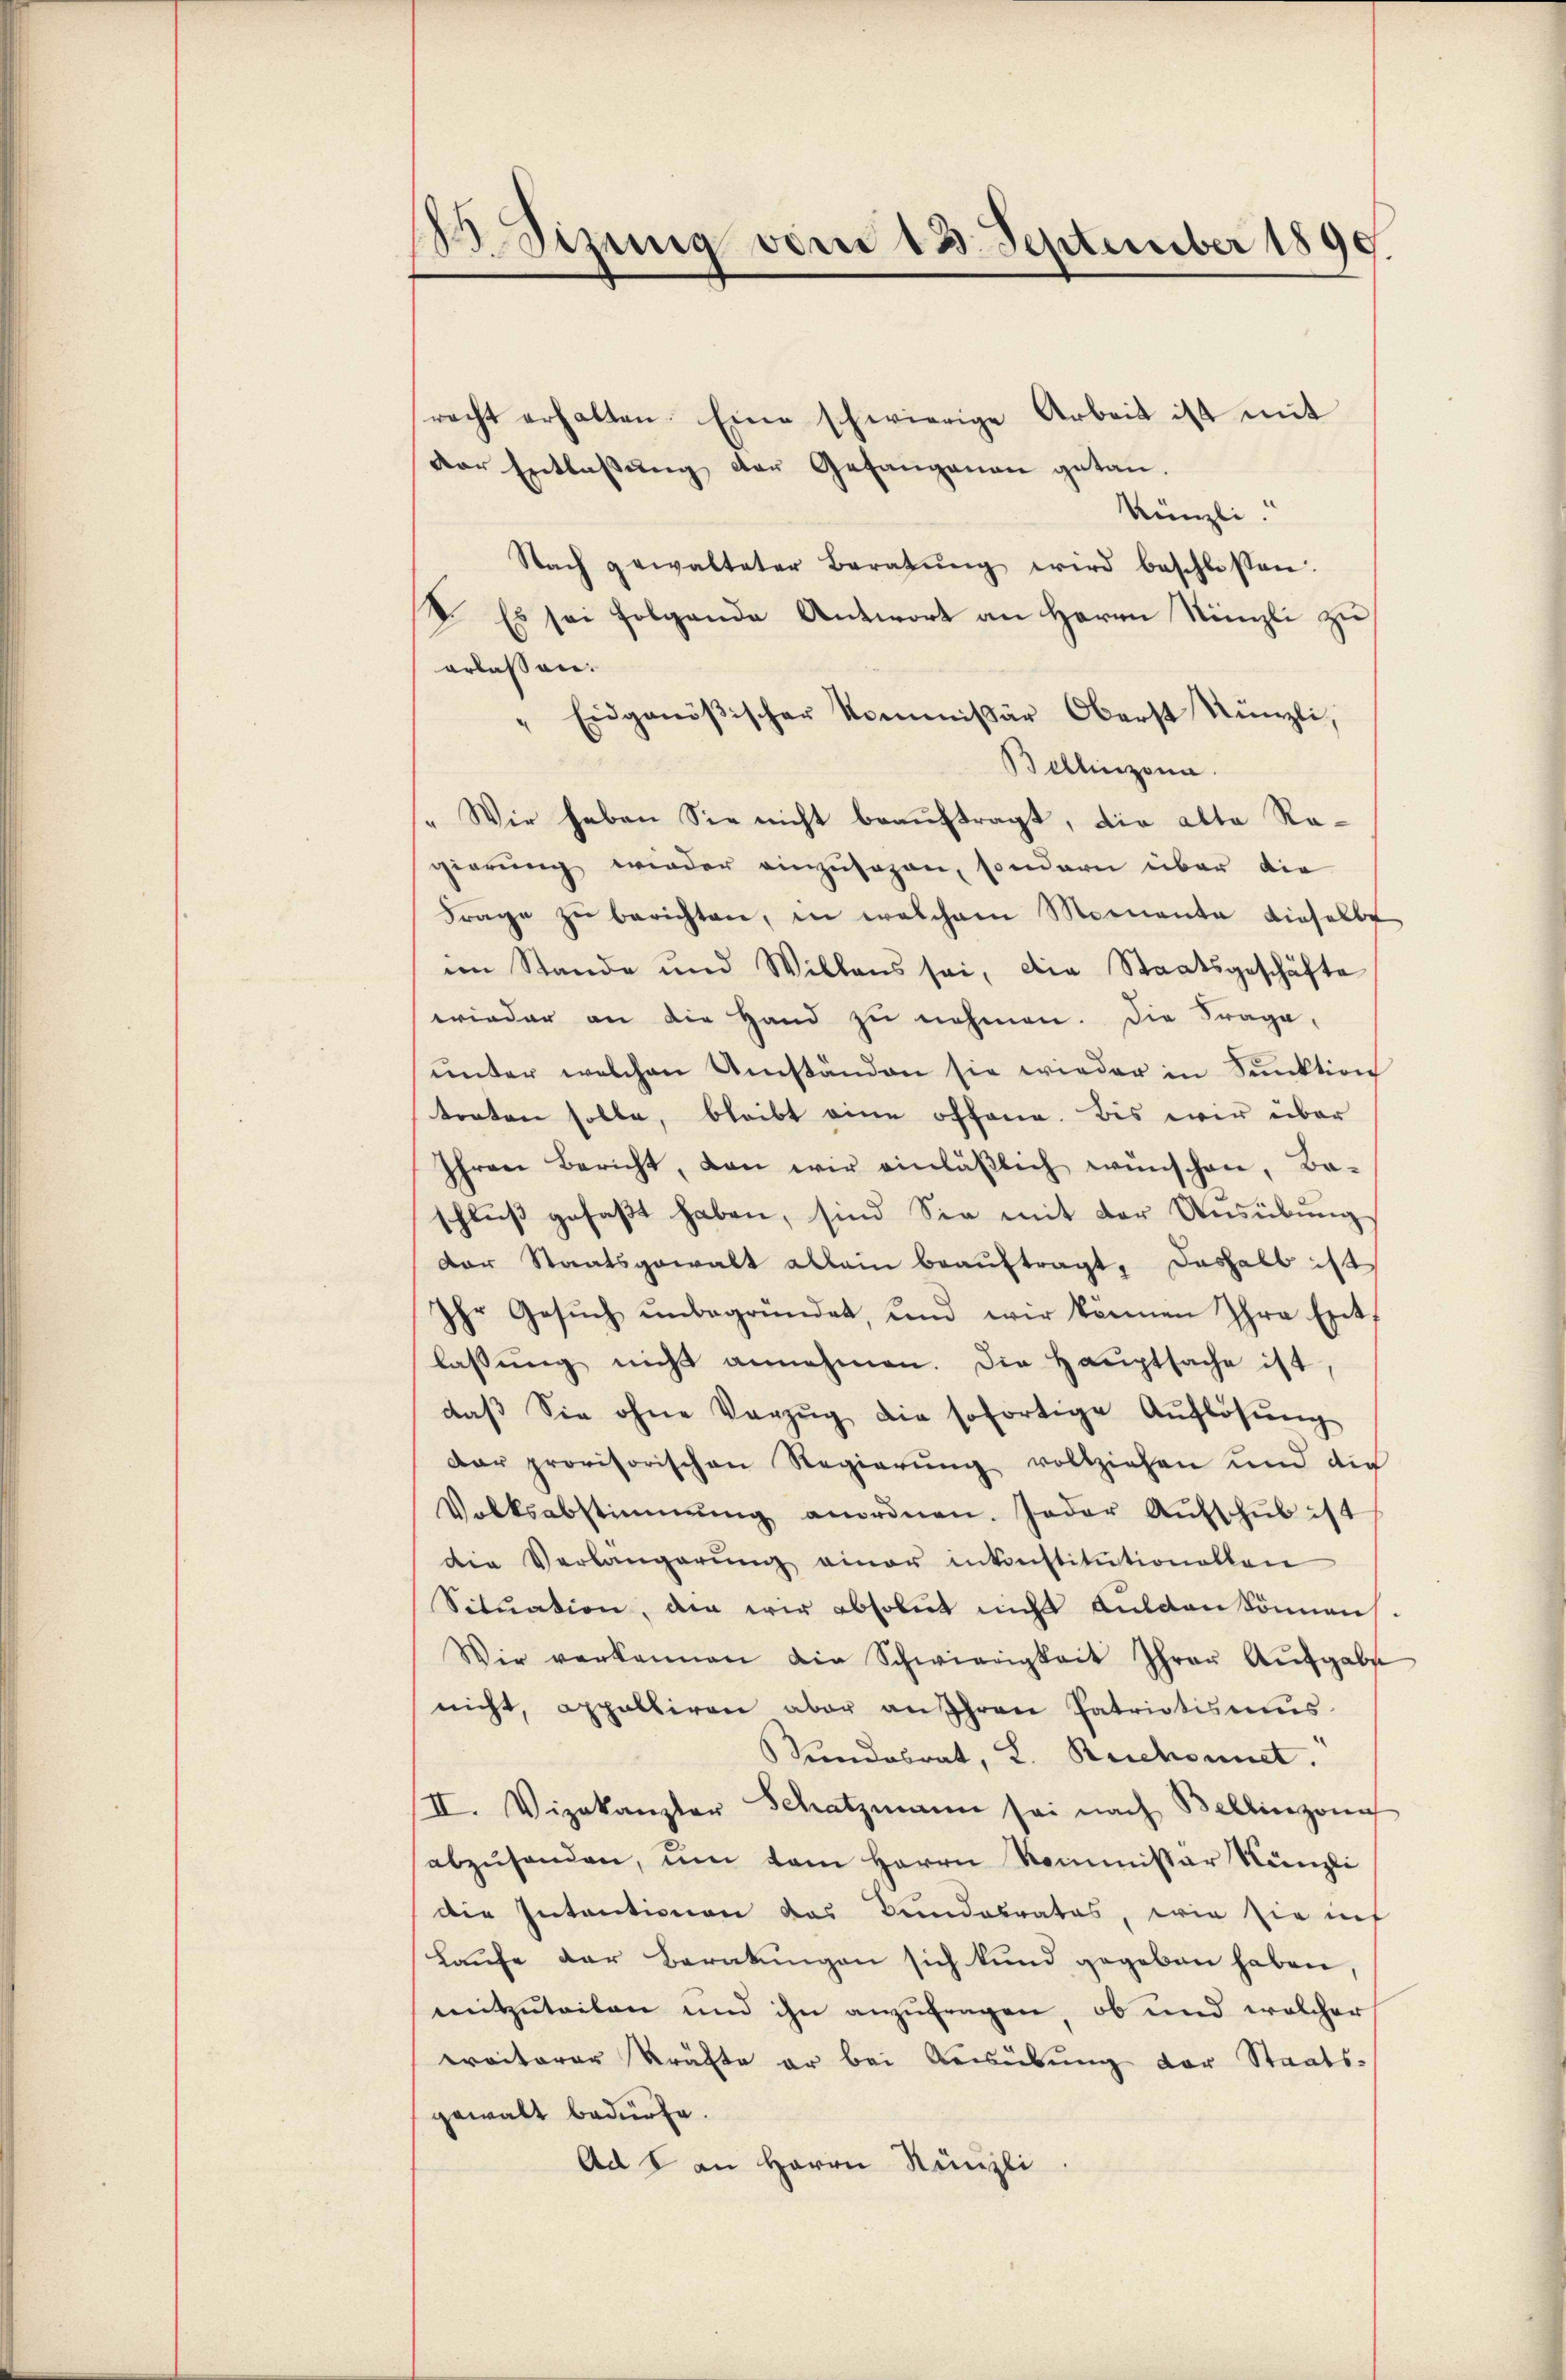
2 Sizung vom 13. September 1890

recht erhalten. Eine schwierige Arbeit ist mit
der Entlassung der Gesangenau getan.
Künzli.
Nach gewalteter Beratŭng wird beschlossen.
V. Es sei folgende Antwort an Herrn Künzli zu
erlassen.
" Eidgenößischer Kommissär Oberst Künzli,
Bellinzona.
„Wir haben Sie nicht beauftragt, die alte Regierung wieder einzusagen, sondern über die
Frage zŭ berichten, in welchem Momente dieselbe
im Stande und Willens sei, die Staatsgeschäfte
wieder an die Hand zu nehmen. Die Frage,
ŭnter welchen Umständen sie wieder in Sunktion
treten solle, bleibt eine offene. Bis wir über
Ihren Bericht, dan wir einläβlich wünschen, Ba-
schlŭβ gefaβt haben, sind Sie mit der Aŭsübŭng
Der Staatsgewalt allein beauftragt, deshalb ist
Ihr Gesŭch ŭnbegründet, und wir können Ihre Ext
d
lassŭng nicht annehmen. Die Hauptsache ist,
daβ sie ohne Vorzŭg die sofortige Auflösung
dar provisorischen Regierung vollziehen und die
Volksabstimmung anordnen. Jeder Aŭfschŭb ist
die Verlängerŭng einer inkonstitutionellen
Sitŭation, den wir absolut nicht aŭsgankönnen-
Wir verkennen die Schwierigkeit Ihrer Aŭsgabe
nicht, appelliren aber an Ihren Patriotismus
undesrat, L. Reichnet.
II. Vizekanzler Schatzmann sei nach Bellinzoni
abzŭsenden, ŭm dem Herrn Kommissar Nünzli
die Intentionen das Bundesrates, wie sie mit
Laufe der Beratungen sich kund gegeben haben,
mitzuteilen und ihn anzufragen, ob und welcher
ereiterer Kräfte er bei Ausübung der Staatsgewalt bedürfe.
Ad 1 an Herrn Künzli